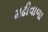
મઢીવાળા